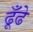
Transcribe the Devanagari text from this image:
ढूँढे